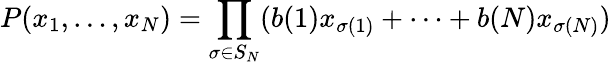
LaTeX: P(x_{1},\dots,x_{N})=\prod_{\sigma\in S_{N}}(b(1)x_{\sigma(1)}+\cdots+b(N)x_{\sigma(N)})